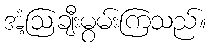
အံ့ဩချီးမွမ်းကြသည်။